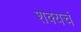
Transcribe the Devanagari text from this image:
शक्यचं